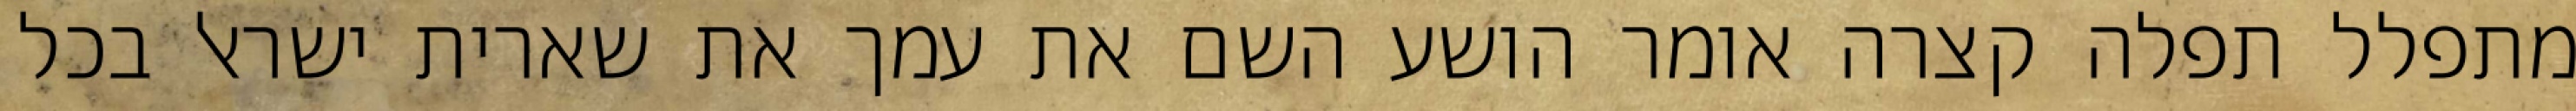
מתפלל תפלה קצרה אומר הושע השם את עמך את שארית ישראל בכל